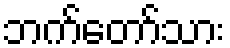
ဘက်တော်သား